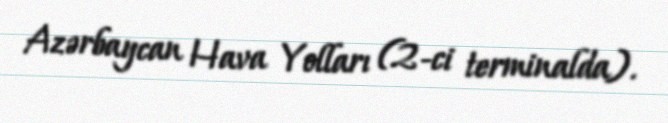
Azərbaycan Hava Yolları (2-ci terminalda).